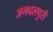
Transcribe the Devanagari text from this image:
जगदलपुरी